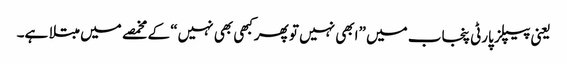
یعنی پیپلز پارٹی پنجاب میں ”ابھی نہیں تو پھرکبھی بھی نہیں“ کے مخمصے میں مبتلا ہے۔